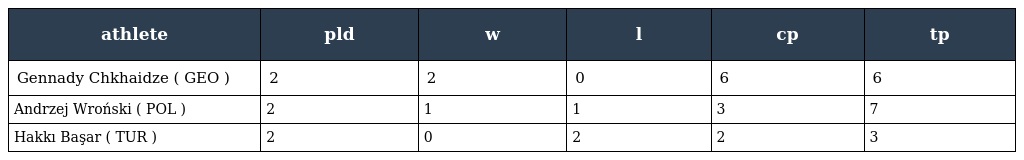
| athlete | pld | w | l | cp | tp |
 | --- | --- | --- | --- | --- | --- |
 | Gennady Chkhaidze ( GEO ) | 2 | 2 | 0 | 6 | 6 |
 | Andrzej Wroński ( POL ) | 2 | 1 | 1 | 3 | 7 |
 | Hakkı Başar ( TUR ) | 2 | 0 | 2 | 2 | 3 |